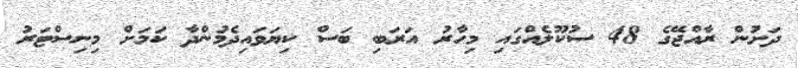
ދަށުން ރާއްޖޭގެ 48 ސުކޫލެއްގައި މިހާރު އަރަބި ބަސް ކިޔަވައިދެމުންދާ ކަމަށް މިނިސްޓަރު